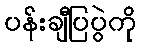
ပန်းချီပြပွဲကို